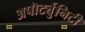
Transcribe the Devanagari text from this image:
अपॊर्ट्युनिटी